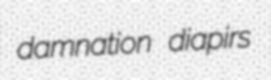
damnation diapirs